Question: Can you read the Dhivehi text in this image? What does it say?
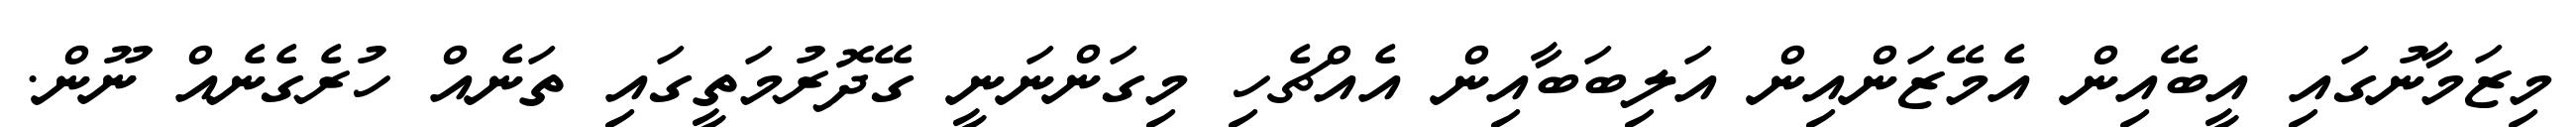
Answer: މިޒަމާނުގައި އީބޭއިން އެމޭޒަންއިން އަލިބަބާއިން އެއްޗެހި މިގަންނަނީ ގޭދޮރުމަތީގައި ތަނެއް ހުރެގެނެއް ނޫން.